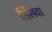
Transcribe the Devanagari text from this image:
सिंसवा